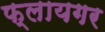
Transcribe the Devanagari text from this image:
फ्लायगर